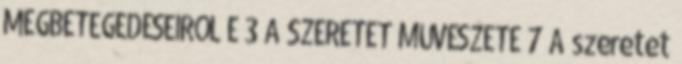
MEGBETEGEDÉSEIRŐL É 3 A SZERETET MŰVÉSZETE 7 A szeretet